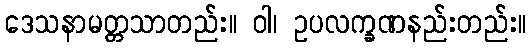
ဒေသနာမတ္တသာတည်း။ ဝါ၊ ဥပလက္ခဏနည်းတည်း။